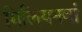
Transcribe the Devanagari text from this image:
मिलियनवां